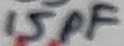
Text: 15pF